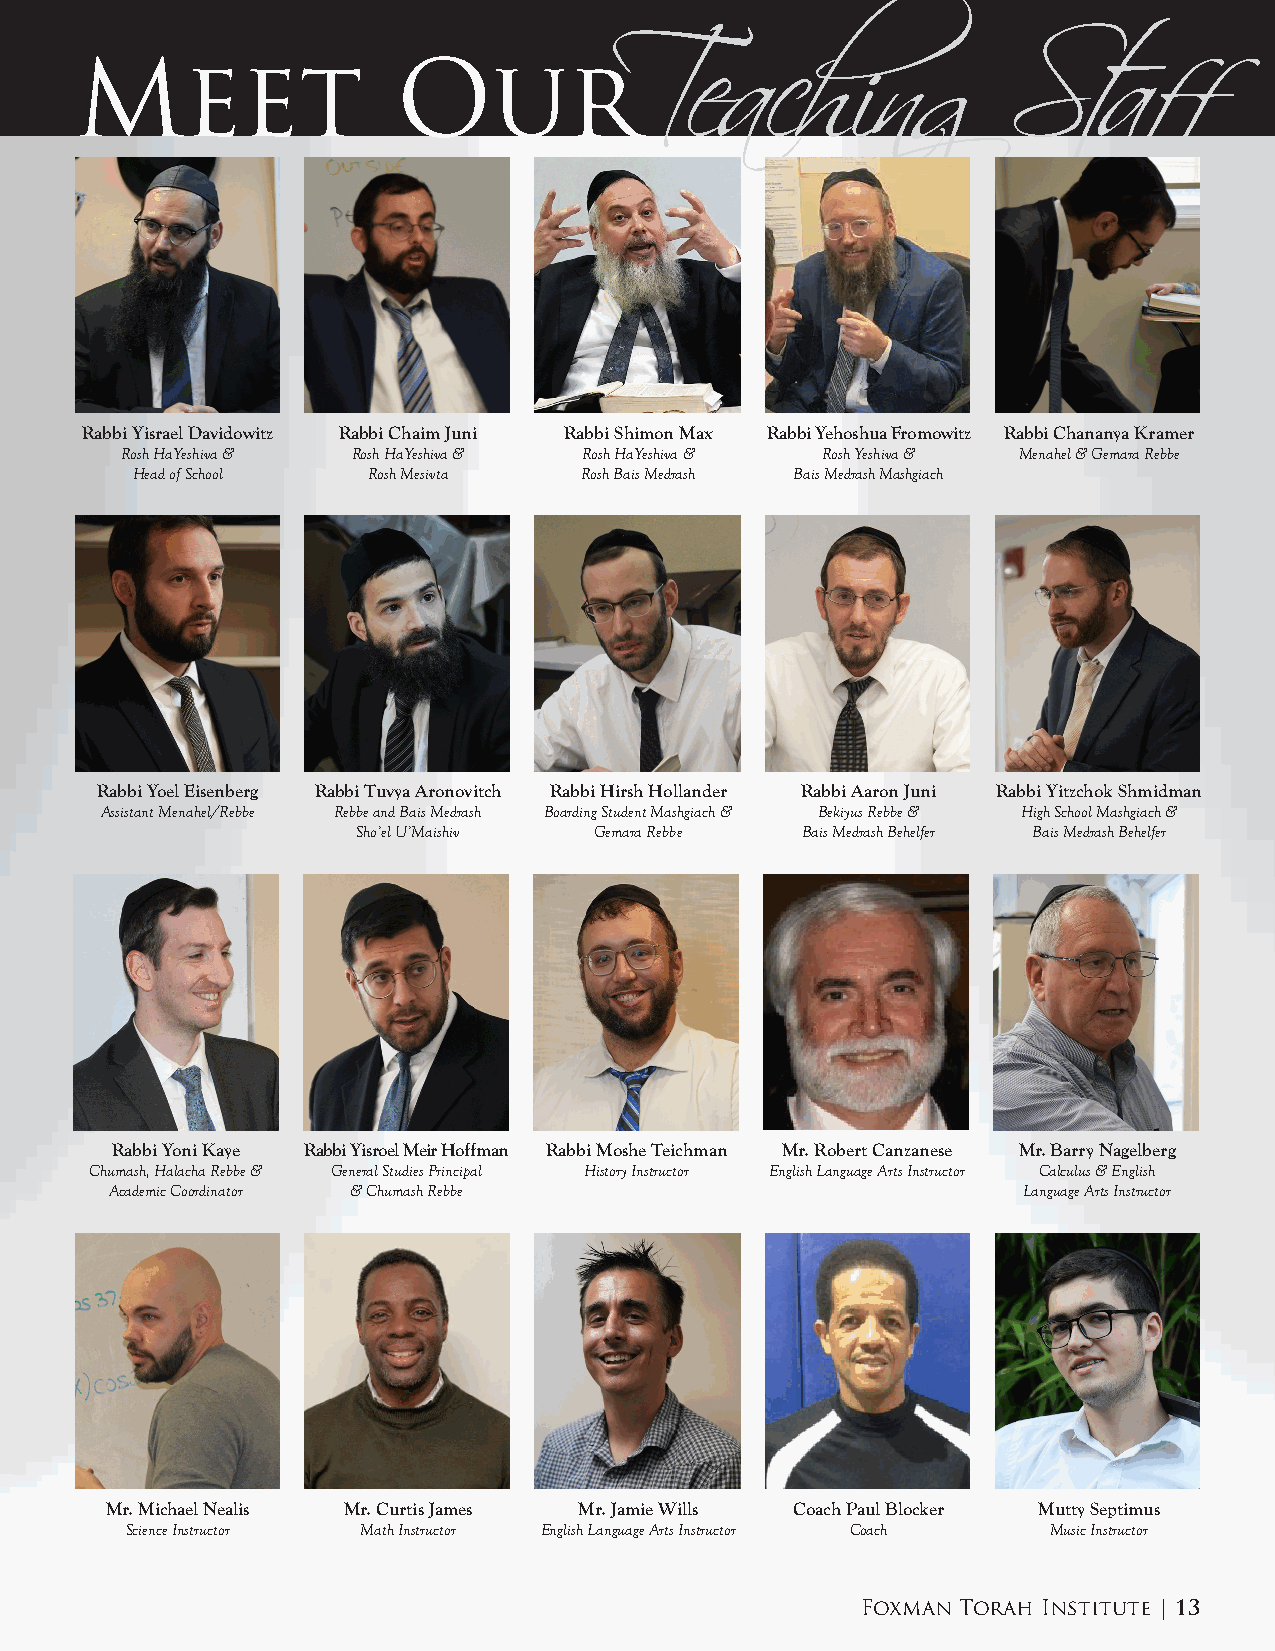
Meet                 Our
 TeachingStaff
 Rabbi Yisrael Davidowitz Rabbi Chaim Juni Rabbi Shimon Max Rabbi Yehoshua Fromowitz Rabbi Chananya Kramer
 Rosh HaYeshiva & Rosh HaYeshiva & Rosh HaYeshiva & Rosh Yeshiva & Menahel & Gemara Rebbe
 Head of School Rosh Mesivta  Rosh Bais Medrash Bais Medrash Mashgiach
 Rabbi Yoel Eisenberg Rabbi Tuvya Aronovitch Rabbi Hirsh Hollander Rabbi Aaron Juni Rabbi Yitzchok Shmidman
 Assistant Menahel/Rebbe Rebbe and Bais Medrash Boarding Student Mashgiach & Bekiyus Rebbe & High School Mashgiach &
 Sho’el U’Maishiv Gemara Rebbe Bais Medrash Behelfer Bais Medrash Behelfer
 Rabbi Yoni Kaye Rabbi Yisroel Meir Hoffman Rabbi Moshe Teichman Mr. Robert Canzanese Mr. Barry Nagelberg
 Chumash, Halacha Rebbe & General Studies Principal History Instructor English Language Arts Instructor Calculus & English
 Academic Coordinator & Chumash Rebbe                         Language Arts Instructor
 Mr. Michael Nealis Mr. Curtis James Mr. Jamie Wills Coach Paul Blocker Mutty Septimus
 Science Instructor Math Instructor English Language Arts Instructor Coach Music Instructor
 Foxman Torah Institute | 13